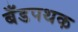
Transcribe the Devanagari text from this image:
बँडपथक